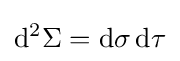
\mathrm {d} ^{2}\Sigma =\mathrm {d} \sigma \,\mathrm {d} \tau